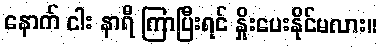
နောက် ငါး နာရီ ကြာပြီးရင် နှိုးပေးနိုင်မလား။